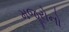
મજૂરોનો